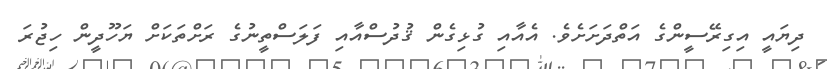
ދިޔައީ އިގިރޭސީންގެ އަތްދަށަށެވެ. އެއާއި ގުޅިގެން ޤުދުސްއާއި ފަލަސްތީނުގެ ރަށްތަކަށް ޔަހޫދީން ހިޖުރަ